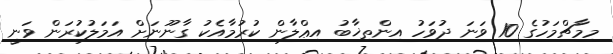
މިމާޗްމަހުގެ 10 ވަނަ ދުވަހު އިންތިޚާބު އިޢްލާން ކުރުމާއެކު ގާނޫނަށް އަމަލުކުރަން ވަނީ